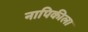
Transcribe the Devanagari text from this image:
नापिकीला